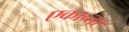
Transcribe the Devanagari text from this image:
एकान्‍तर